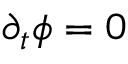
\partial _ { t } \phi = 0